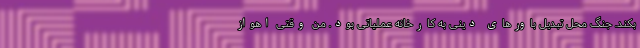
بکند. جنگ محل تبدیل باورهای دینی به کارخانه عملیاتی بود. من وقتی اهواز